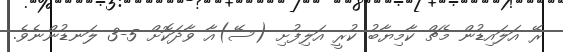
ރޭ އަލައިޑުން މެޗް ކާމިޔާބު ކުރީ އަލިފުށި (ސޭ)އާ ވާދަކޮށް 5-3 ލަނޑުންނެވެ.